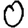
Digit: 0